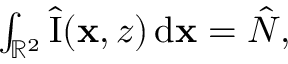
\begin{array} { r } { \int _ { \mathbb { R } ^ { 2 } } \hat { \mathrm { I } } ( \mathbf { x } , z ) \, \mathrm { d } \mathbf { x } = \hat { N } , } \end{array}